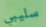
سليبي